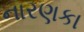
નારણકા